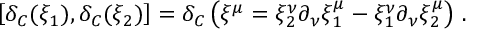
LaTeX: \left[ \delta _ { C } ( \xi _ { 1 } ) , \delta _ { C } ( \xi _ { 2 } ) \right] = \delta _ { C } \left( \xi ^ { \mu } = \xi _ { 2 } ^ { \nu } \partial _ { \nu } \xi _ { 1 } ^ { \mu } - \xi _ { 1 } ^ { \nu } \partial _ { \nu } \xi _ { 2 } ^ { \mu } \right) \, .